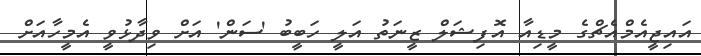
އައިޖީއެމްއެޗްގެ މީޑިއާ އޮފިޝަލް ޒީނަތު އަލީ ހަބީބު 'ސަން' އަށް ވިދާޅުވީ އެމީހާއަށް